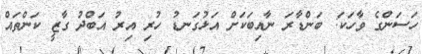
ހަސަންގެ ވާހަކަ: ބަންޑާރަ ނާއިބަކަށް އަޅުގަނޑު ހުރި އިރު އަބްދު ގާޒީ ކަންތައް